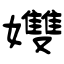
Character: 孇